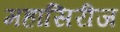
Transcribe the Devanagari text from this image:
महासिरीज